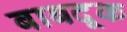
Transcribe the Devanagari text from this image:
बाबदूक